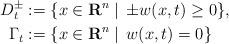
LaTeX: \begin{align*} D_t ^{\pm} &:=\{ x\in \mathbf{R}^n \mid\, \pm w(x,t)\geq 0 \},\\ \Gamma _t &:=\{ x\in \mathbf{R}^n \mid\, w(x,t)=0\} \end{align*}